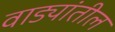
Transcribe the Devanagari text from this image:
वाड्यांतील